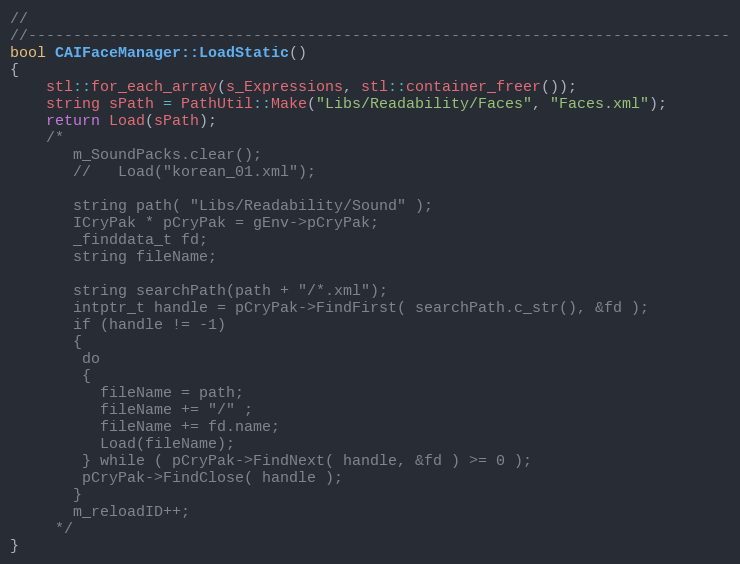
Language: C++
//
//------------------------------------------------------------------------------
bool CAIFaceManager::LoadStatic()
{
	stl::for_each_array(s_Expressions, stl::container_freer());
	string sPath = PathUtil::Make("Libs/Readability/Faces", "Faces.xml");
	return Load(sPath);
	/*
	   m_SoundPacks.clear();
	   //	Load("korean_01.xml");

	   string path( "Libs/Readability/Sound" );
	   ICryPak * pCryPak = gEnv->pCryPak;
	   _finddata_t fd;
	   string fileName;

	   string searchPath(path + "/*.xml");
	   intptr_t handle = pCryPak->FindFirst( searchPath.c_str(), &fd );
	   if (handle != -1)
	   {
	    do
	    {
	      fileName = path;
	      fileName += "/" ;
	      fileName += fd.name;
	      Load(fileName);
	    } while ( pCryPak->FindNext( handle, &fd ) >= 0 );
	    pCryPak->FindClose( handle );
	   }
	   m_reloadID++;
	 */
}